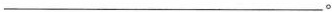
___。